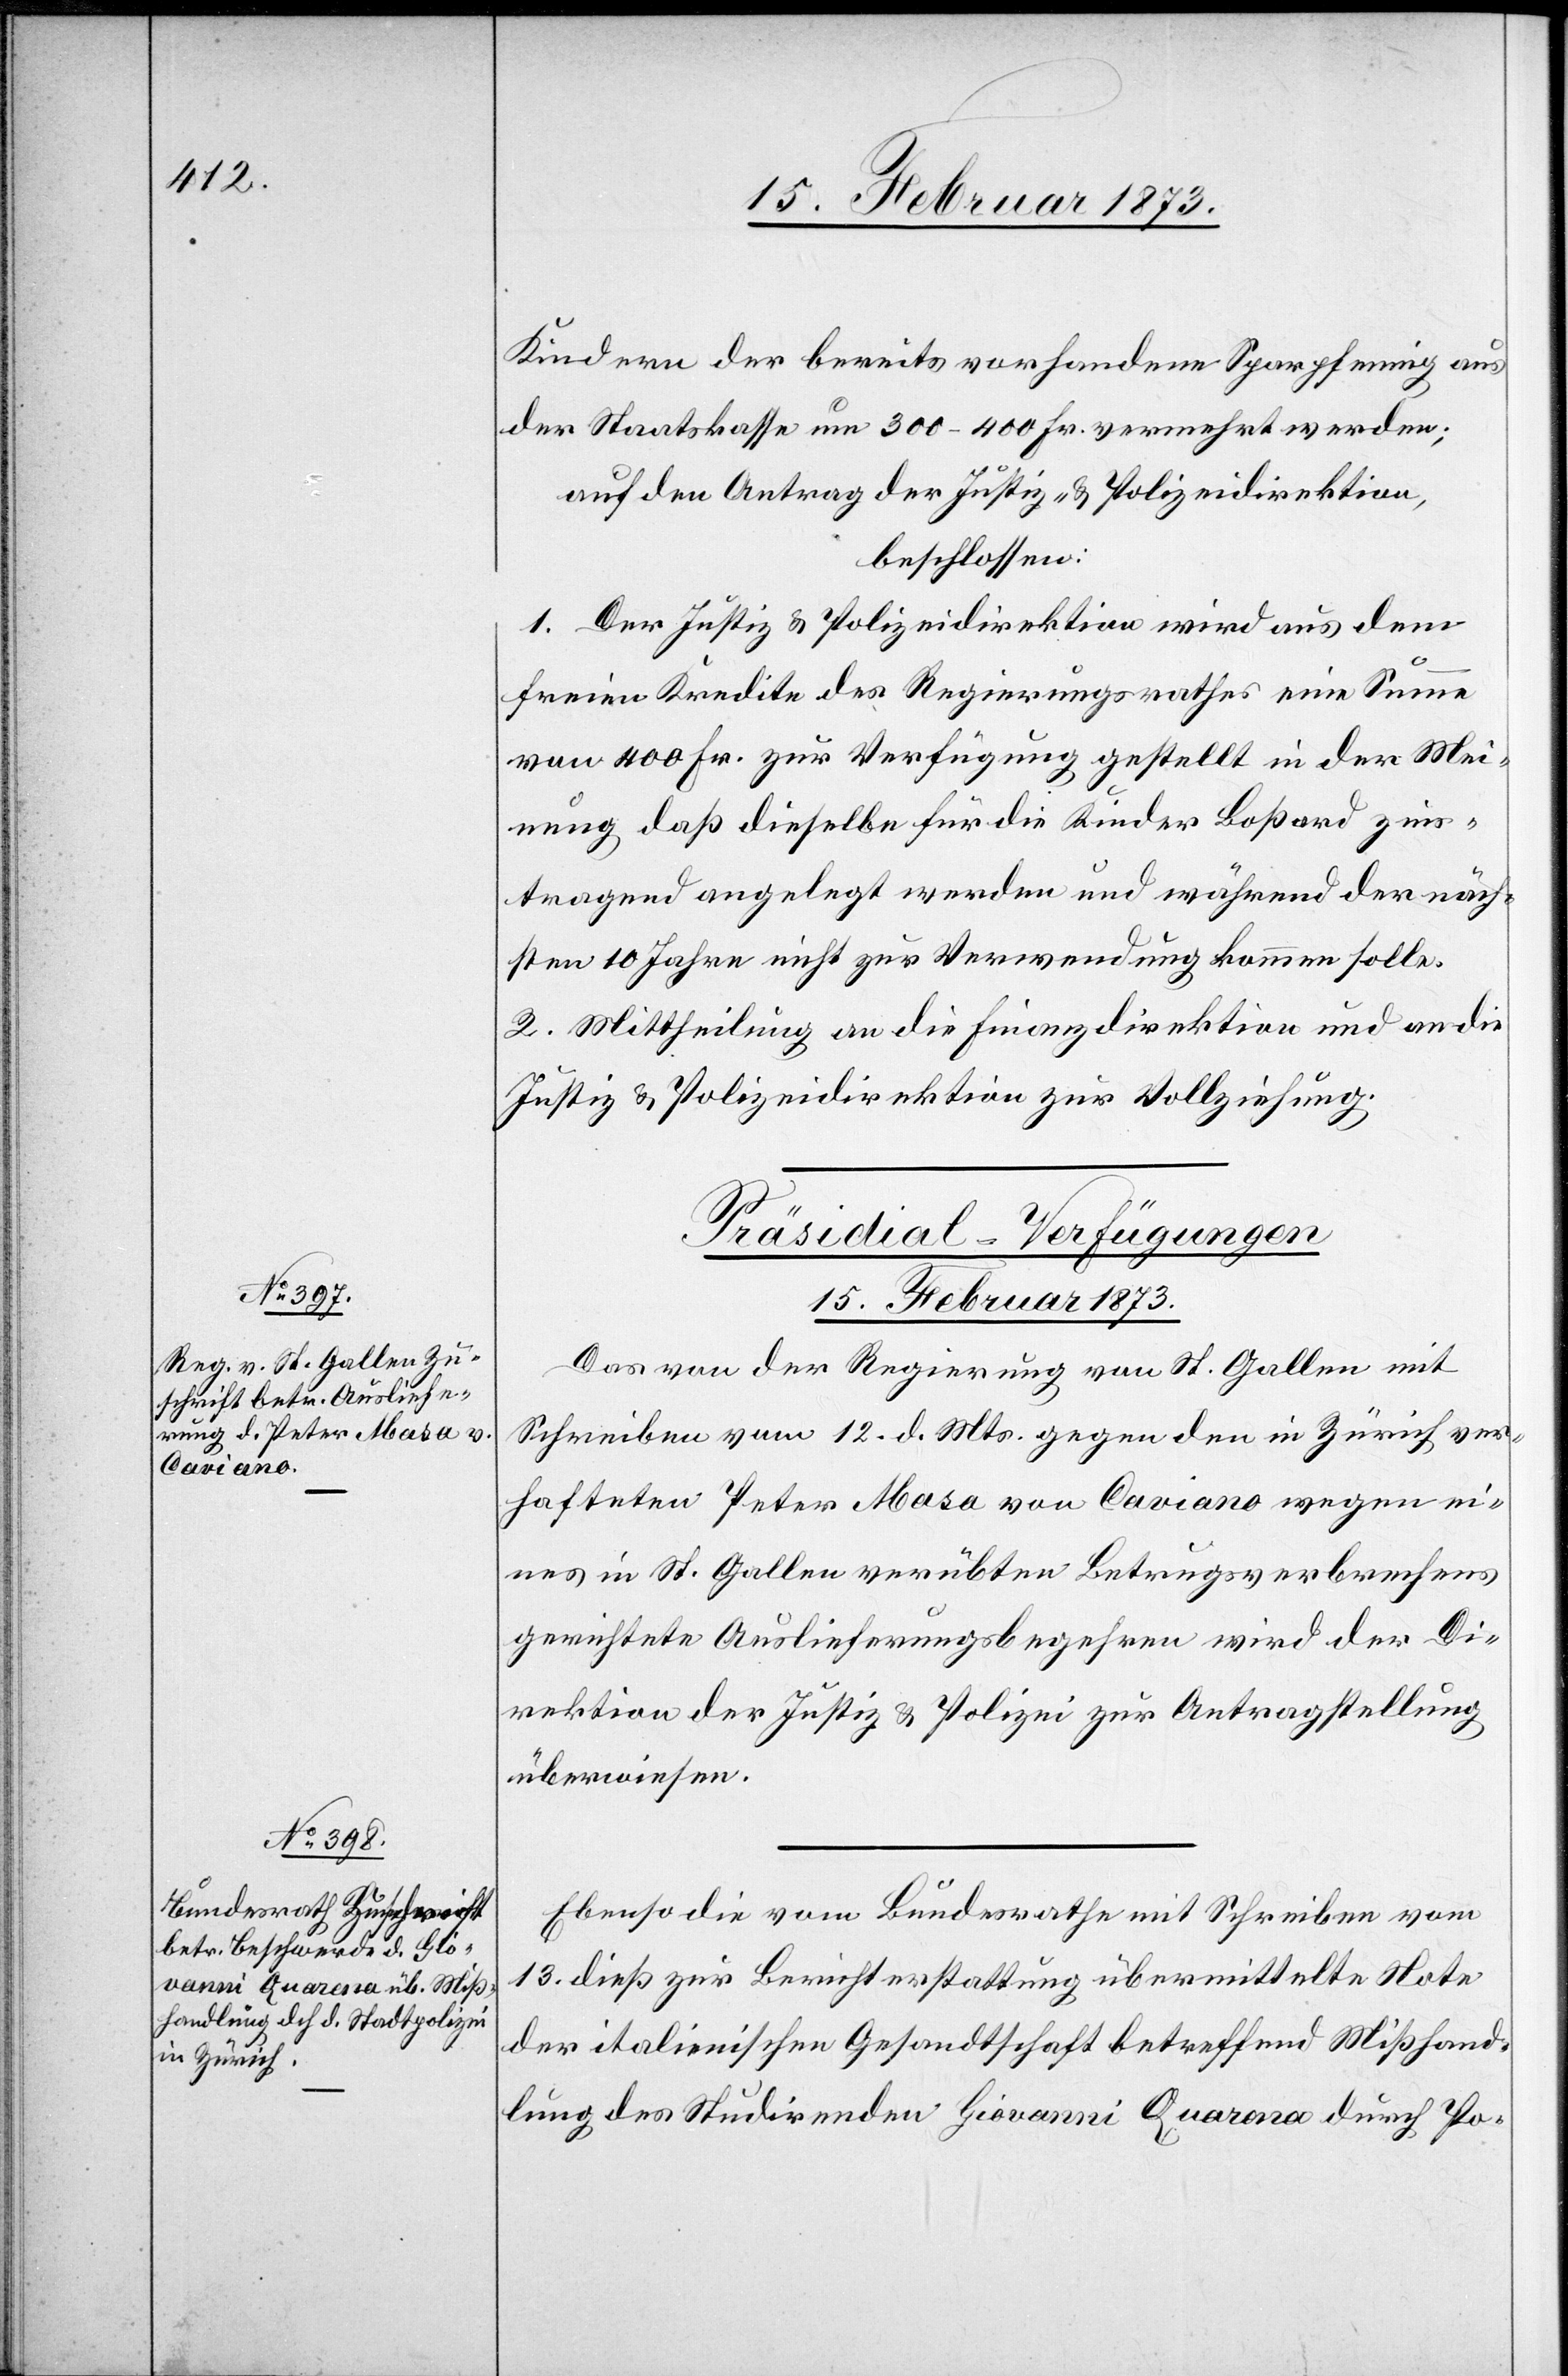
Kindern der bereits vorhandene Sparpfennig aus
der Staatskasse um 300–400 Fr. vermehrt werden;
auf den Antrag der Justiz- u. Polizeidirektion,
beschlossen:
1. Der Justiz- u. Polizeidirektion wird aus dem
freien Kredite des Regierungsrathes eine Summe
von 400 Fr. zur Verfügung gestellt in der Mei¬
nung[,] daß dieselbe für die Kinder Boßard
zinstragend angelegt werden und während der näch¬
sten 10 Jahre nicht zur Verwendung kommen solle.
2. Mittheilung an die Finanzdirektion und an die
Justiz- u. Polizeidirektion zur Vollziehung.
[Präsidial-Verfügungen.
15. Februar 1873.]
Das von der Regierung von St. Gallen mit
Schreiben vom 12. d. Mts. gegen den in Zürich ver¬
hafteten Peter Masa von Caviano wegen ei¬
nes in St. Gallen verübten Betrugsverbrechens
gerichtete Auslieferungsbegehren wird der Di¬
rektion der Justiz u. Polizei zur Antragstellung
überwiesen.
Ebenso die vom Bundesrathe mit Schreiben vom
13. dieß zur Berichterstattung übermittelte Note
der italienischen Gesandtschaft betreffend Mißhand¬
lung des Studirenden Giovanni Quarena durch Po-